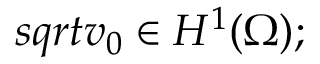
\begin{array} { r l } { s q r t { v _ { 0 } } \in H ^ { 1 } ( \Omega ) ; } \end{array}